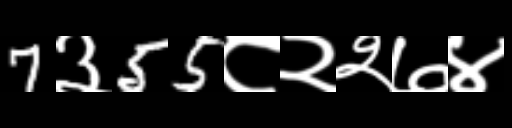
Text: 7३55८२२७४